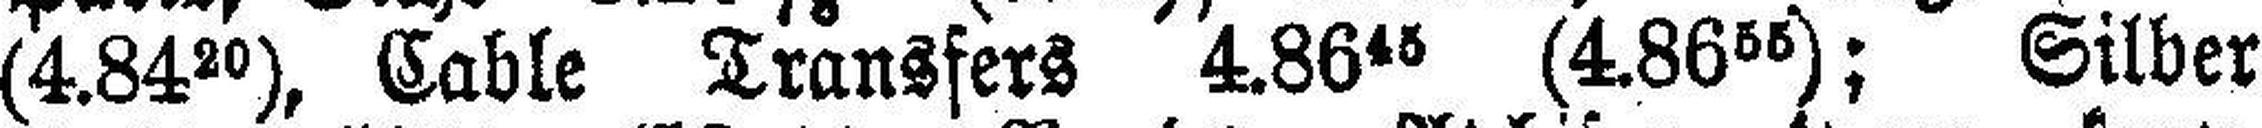
(4.84 20), Cable Transfers 4.86 45 (4.86 55); Silber